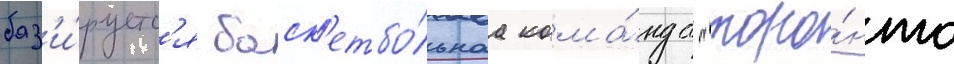
баз'и́руетс'я баск'етбо́льнаа кома́нда "торо́нто